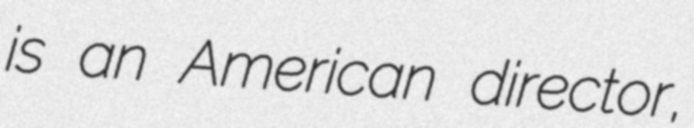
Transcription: is an American director,